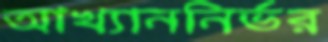
আখ্যাননির্ভর